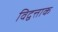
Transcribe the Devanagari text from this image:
विद्वत्ताक